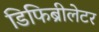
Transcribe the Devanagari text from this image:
डिफिब्रीलेटर